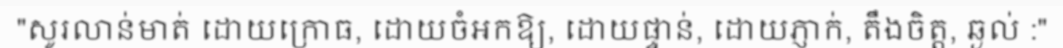
"សូរលាន់មាត់ ដោយក្រោធ, ដោយចំអកឱ្យ, ដោយផ្ទាន់, ដោយភ្ញាក់, តឹងចិត្ត, ឆ្ងល់ :"